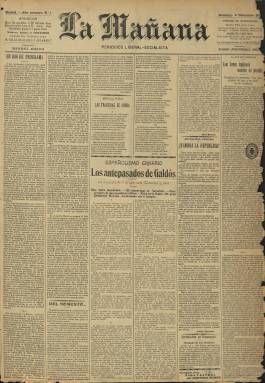
Título: La Mañana (Madrid. 1909)
Colección: Periódicos
Ámbito geográfico: Madrid
Lugar de publicación: Madrid
Fechas: 05/12/1909-06/02/1920

La aparición de este diario, el cinco de diciembre de 1909, fue “consecuencia inmediata” de la constitución del gobierno liberal, el 21 de octubre de ese mismo año, de Segismundo Moret (1833-1913), que había dado fin al denominado “gobierno largo” (1907-1909) del conservador Antonio Maura (1853-1925), y abría un acercamiento del liberalismo al republicanismo, al anticlericalismo y al socialismo. En su fundación participan el abogado, periodista y político Luis Silvela Casado (1865-1928) -afín al sector liderado por el jurisconsulto y también político liberal Manuel García Prieto (1859-1938)- y el escritor y periodista Manuel Bueno Bengoechea (1874-1936), quien asume la dirección. Será una publicación situada en una línea ideológica o bloque de izquierdas propuesta por José Ortega y Gasset (1883-1955) un año antes, por lo que adopta al principio el subtítulo de “periódico liberal-socialista”. Entre sus primeros redactores se encuentran el periodista y político Mariano García Cortes (1878-1948), que escribirá artículos sobre obrerismo y política, o Luis Araquistáin (1886-1959), que lo hará sobre asuntos internacionales, contando así mismo con la colaboración, entre otros, de Pablo Iglesias (1850-1925), que ya en su primer número da a la estampa el artículo titulado ¿Vendrá la República?, dedicando otros a anatemizar al conservador Maura. Tanto Araquistáin como Iglesias abandonarán su participación en el diario a los pocos meses.

Comenzó siendo un diario clásico de la época, con entregas de cuatro páginas, compuestas a seis columnas, en las que insertará, principalmente en la primera plana, un chiste gráfico y que pronto también ilustrará con fotograbados de retratos y de actualidad. Su estructura de contenidos es también clásica, empezando con el editorial y otros artículos tanto políticos como de diversa índole; teniendo secciones como Vida teatral, que firma Gregorio Martínez Sierra (1881-1947) y después lo hará el periodista Joaquín Aznar Delgado (1884-1936); Tribunales o Vida judicial, bajo el seudónimo Radamanto; Crónica deportiva, firmada por Welky; Información telegráfica, con noticias de provincias y del extranjero; Información financiera, Bolsa de Madrid y de otras plazas y fondos públicos; Gacetillas madrileñas, que ampliará a todo el municipio; Vida social, Espectáculos o sucesos. O las secciones Diario político, Raro y curioso, Ecos militares, De Palacio y otra denominada Nuestros poetas, para dar cabida a composiciones poéticas de autores españoles, así como un folletín, empezando con el de La isla de los pingüinos, de Anatole France, en versión castellana de Luis Ruiz Contreras (1863-1953). La cuarta la plana la dedicará completa a anuncios comerciales.

Además de ser un diario de información general, lo será político y hasta doctrinal, en el que se daban cita un grupo de intelectuales de la izquierda liberal, democrática y regeneracionista. Su administrador y gerente comenzó siendo el militar y periodista Diego Fernández Arias (1855-1928), y entre sus colaboradores se encontrarán los también periodistas y políticos Luis Morote y Greus (1864-1913), Luis de Armiñán Pérez (1871-1949) y Luis Bello Trompeta (1872-1935), que firmará la sección Del momento; Eduardo Haro Delage (1887-1960), José Téllez o Silvio Pita. Algunos de los periodistas del diario será firmes partidarios del liberal José Canalejas (1854-1912), quien el rey Alfonso XIII elevará a la jefatura del Gobierno tras obligar a dimitir a Moret el nueve de febrero de 1910, hecho que provocará, en primer lugar, la modificación de la propiedad del periódico, que pasa a ser completamente de Luis Silvela, asumiendo la gerencia Emilio Borrajo (véase su número 111, de 27 de marzo de 1910); la del subtítulo del periódico, pasando a ser “diario independiente”(a partir de su número 115, de 31 de marzo); y tras la celebración de las elecciones del nueve de mayo, de una ruptura entre Luis Silvela y Manuel Bueno, dejando éste de ser director del diario, y llegando al duelo personal entre ellos, el 26 de noviembre, en el que acabaron los dos heridos. (Bueno también había provocado, en 1899, durante una disputa con Ramón María del Valle Inclán, la amputación del brazo izquierdo de éste). La dirección del periódico pudo pasar al citado Luis Morote, hasta primeros de 1912, aunque no aparece indicado como tal en la cabecera del diario. En esas elecciones, que habían dado el triunfo al Partido Liberal de Canalejas, Luis Silvela había vuelto a ser elegido diputado liberal y Manuel Bueno obtendría también acta parlamentaria, pero por el partido conservador liderado por Eduardo Dato (1856-1921); por su parte, Pablo Iglesias obtendría el primer escaño para el Partido Socialista o Benito Pérez Galdós lideraría la Conjunción Republicano-Socialista, mientras que Manuel García Prieto asumió la cartera de Estado del Gobierno de Canalejas, que con el magnicidio de éste, el 12 de noviembre de 1912, se dará término al denominado segundo intento de regeneración política “desde arriba” del reinado de Alfonso XIII.

El diario va ir teniendo transformaciones formales a lo largo de su vida. Desde el quince de mayo de 1911 había aumentado a seis páginas, compuestas a cinco columnas. Desde el uno de febrero de 1915, las páginas de sus entregas aumentarán a ocho, regresando a la seis el cuatro de agosto de ese mismo año, y reduciéndolas de nuevo a cuatro, cuatro días después. Pero a partir del uno de enero de 1917, modificará drásticamente su formato, al reducirlo, y aumentando sus páginas a veinte, compuestas a tres columnas, que reducirá a dieciséis desde el 16 de abril de 1917. El clásico diario modificó su diseño y se convirtió desde ese año en un magazine ilustrado –al estilo de los también diarios madrileño ABC (1903) y La Nación (1916)–, introduciendo una cubierta con una gran ilustración, empezando con la del retrato de la Reina Victoria Eugenia y la del rey Alfonso XIII, y usando a veces en ella como en la contracubierta una segunda tinta de color. Así mismo, insertará una gran profusión de fotograbados de actualidad, que ya habían ido creciendo en su formato de periódico; y no faltándole las noticias, sus contenidos serán más variados, destacando los reportajes y las crónicas, los asuntos literarios o los trabajos denominados sociales. Entre las firmas de sus textos aparecerán también las de Javier Valcarce, Andrés Pando, J. Cantó García, Javier Bueno, Antonio Gullón, Casimiro Reyes, José Jerique, así como seudónimos (Diógenes o Sternio, entre otros). Durante la guerra mundial será francófilo.

La colección de este título de la Biblioteca Nacional pasa del número 3.623, de 28 de noviembre de 1919, al número 3.625, de 21 de diciembre de ese mismo año. Durante ese intervalo sufrió la huelga de periodistas, que se habían sindicado con los tipógrafos. Cuando reapareció indicará en su cabecera “segunda época”. Silvela había “donado” la propiedad del diario -cuyo gerente había sido hasta entonces Luis Miller- a los periodistas “profesionales” y “leales amigos” Joaquín Aznar, Juan José Alonso, Pascual Arias y Manuel Sanz, apareciendo ahora como director Aznar y como subdirector, Alonso, quienes, desde una ideología liberal, democrática y dinástica, seguirán la defensa del político García Prieto, para quien Alfonso XIII había creado, en 1911, el marquesado de Alhucemas. El periódico apenas durará dos meses más, pues desaparece definitivamente tras publicar su número 3.669, del seis de febrero de 1920.